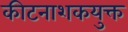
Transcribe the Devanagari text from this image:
कीटनाशकयुक्त